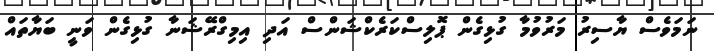
ނަމަވެސް ޔާސިރު މަރުވުމާ ގުޅިގެން ޕޮލިސްކަރެކްޝަންސް އަދި އިމިގްރޭޝަނާ ގުޅިގެން ވަނީ ބަޔާތައް